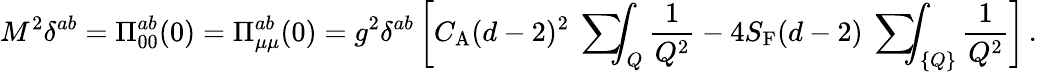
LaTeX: M^{2}\delta^{ab}=\Pi_{00}^{ab}(0)=\Pi_{\mu\mu}^{ab}(0)=g^{2}\delta^{ab}\left[C_{\mathrm{A}}(d-2)^{2}\mathrm{~\sum~}\! \! \! \! \! \! \int_{Q}\frac{1}{Q^{2}}-4S_{\mathrm{F}}(d-2)\mathrm{~\sum~}\! \! \! \! \! \! \int_{\{ Q\} }\frac{1}{Q^{2}}\right]\, .